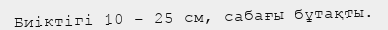
Биіктігі 10 – 25 см, сабағы бұтақты.